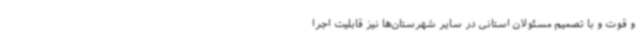
و قوت و با تصمیم مسئولان استانی در سایر شهرستان‌ها نیز قابلیت اجرا